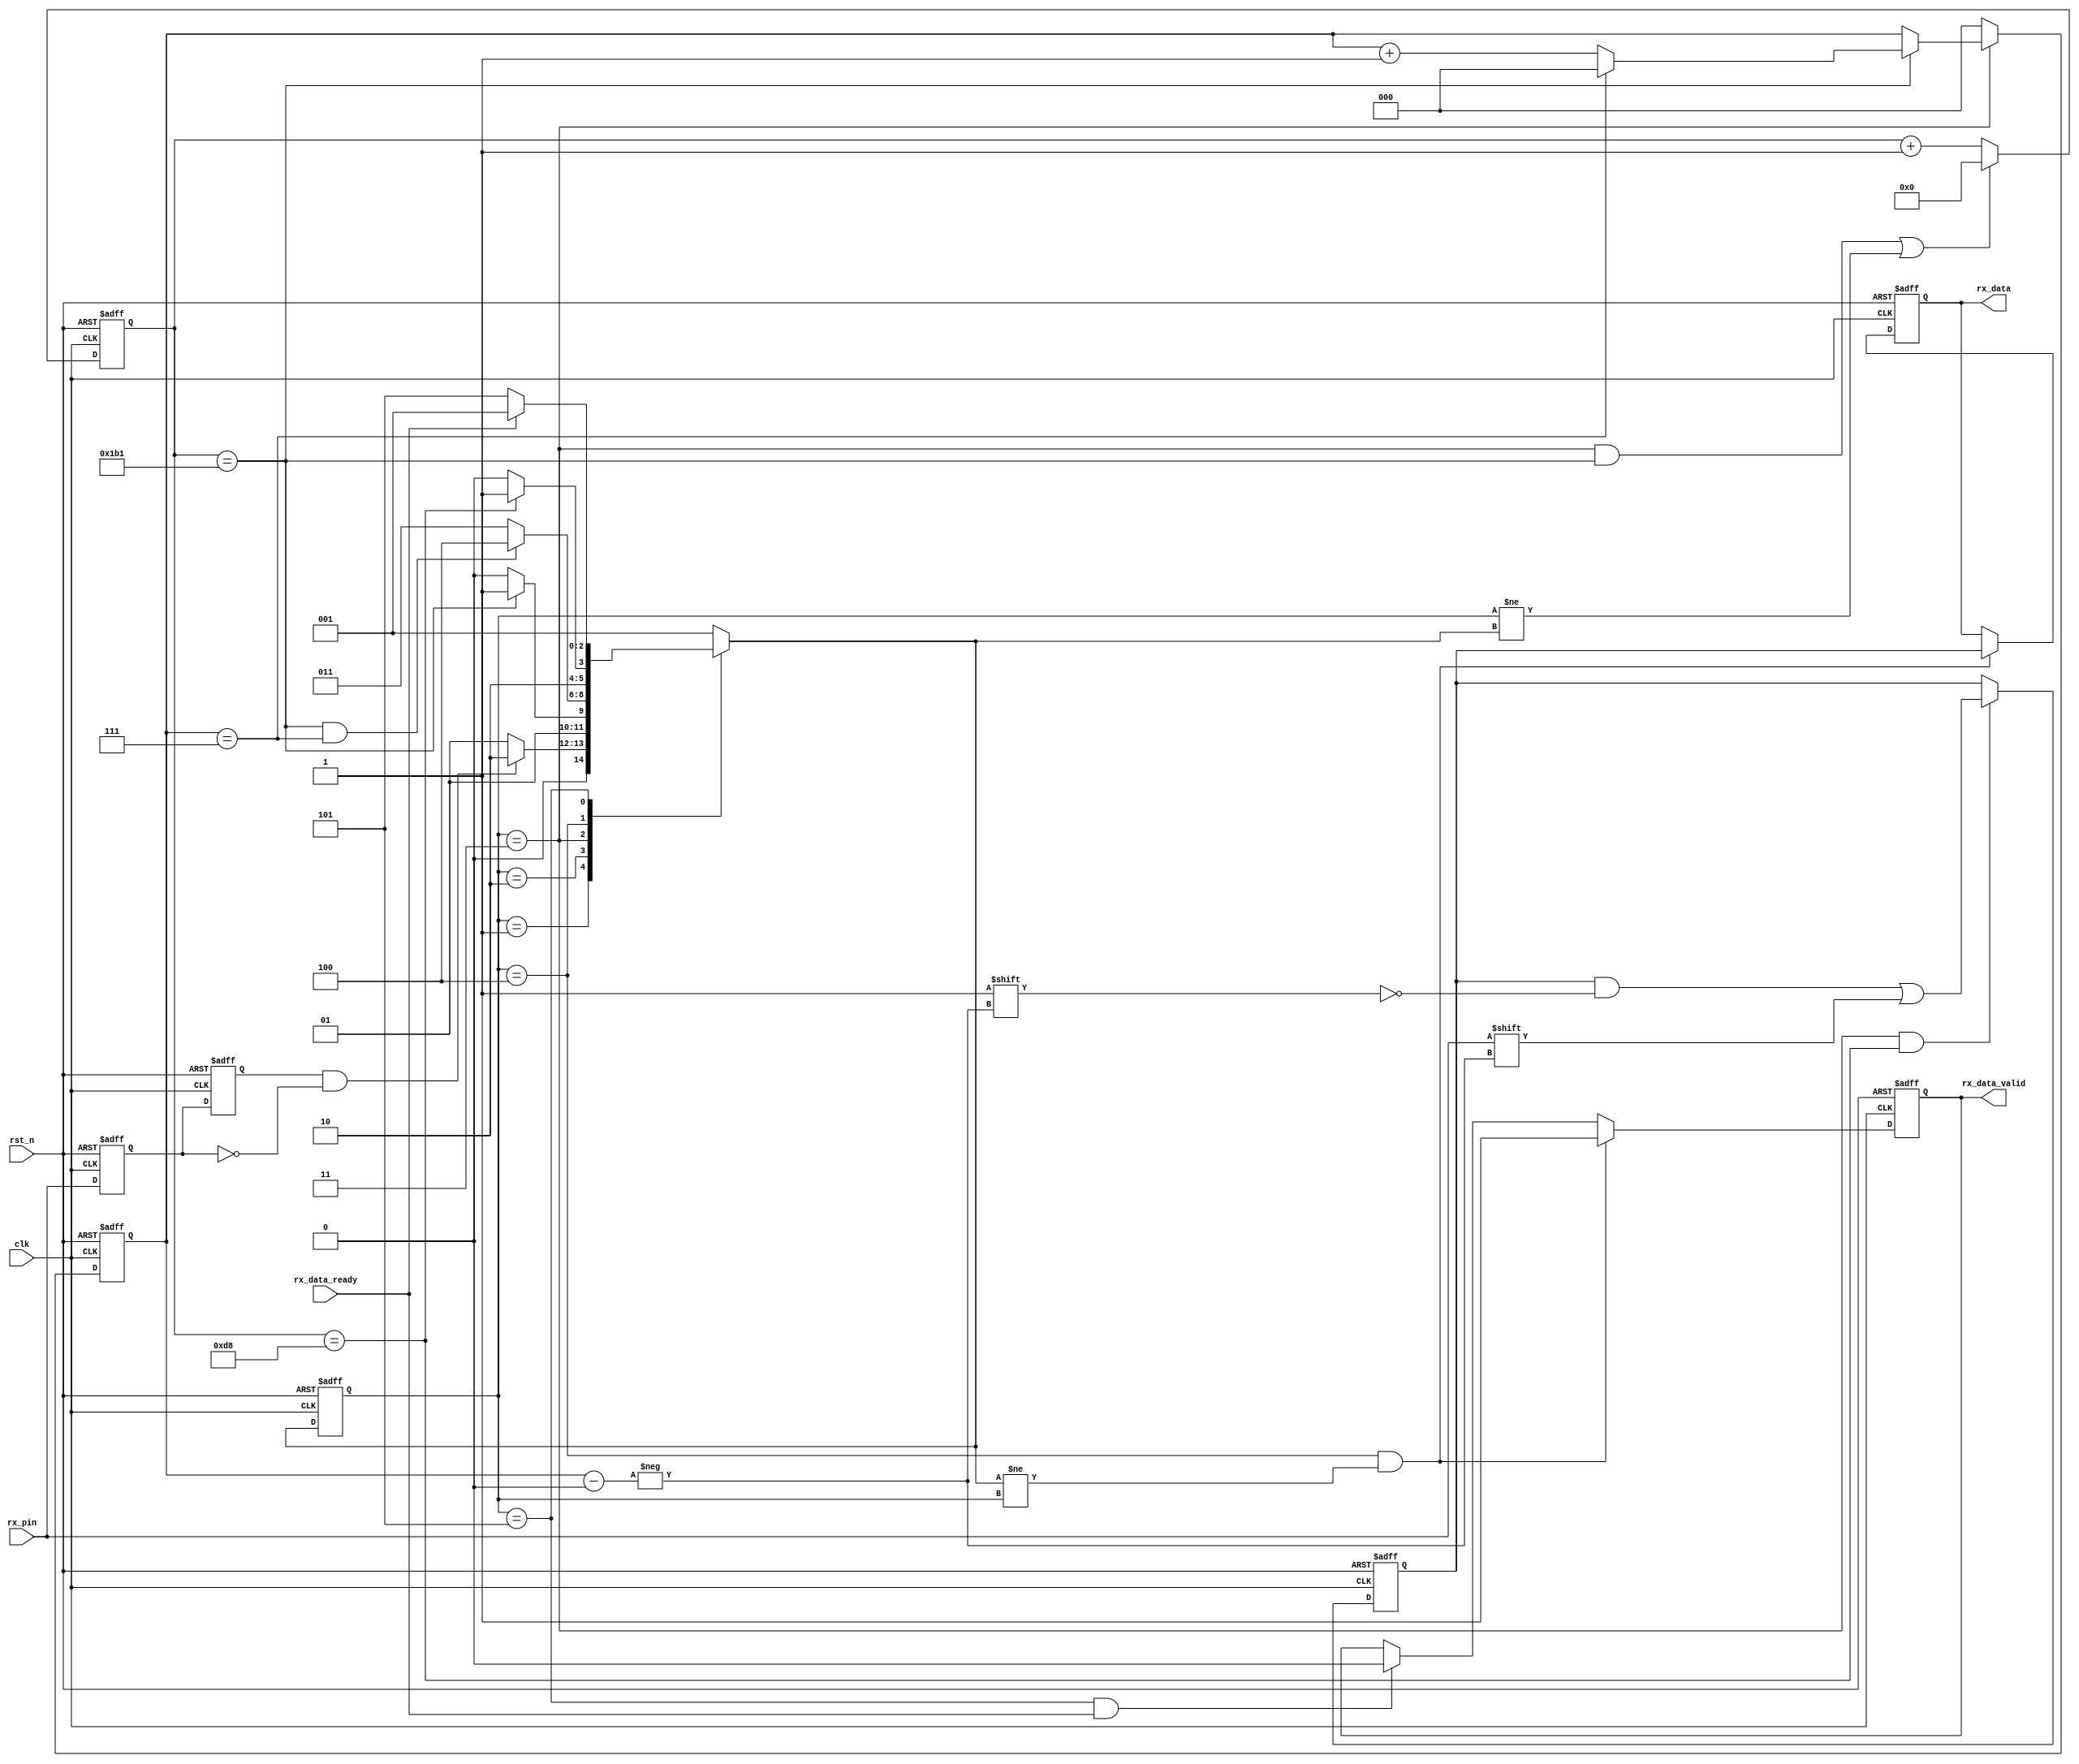
module uart_rx
#(
	parameter CLK_FRE = 50,      //clock frequency(Mhz)
	parameter BAUD_RATE = 115200 //serial baud rate
)
(
	input clk,
	input rst_n,
	output reg rx_data_valid,
	output reg [7:0] rx_data,
	input rx_data_ready,
	input rx_pin
);
reg [31:0] cycle_cnt;
reg [2:0] bit_cnt;
reg [2:0] state;
reg [2:0] next_state;
reg [7:0] rx_bit;
reg rxd0;
reg rxd1;
wire rx_negedge;

localparam CYCLE = CLK_FRE * 1000000 / BAUD_RATE;
localparam S_IDLE=1;
localparam S_START=2;
localparam S_REC_DATA=3;
localparam S_STOP =4;
localparam S_DATA=5;

assign rx_negedge = rxd1 & (~rxd0);

always @(posedge clk or negedge rst_n)
begin
	if (rst_n == 1'b0)
	begin
		rxd1 <= 1'b1;
		rxd0 <= 1'b1;
	end
	else
	begin
		rxd0 <= rx_pin;
		rxd1 <= rxd0;
	end
end

always @(posedge clk or negedge rst_n)
begin
	if (rst_n == 1'b0)
		state<=S_IDLE;
	else
		state<=next_state;
end

always @(*)
begin
	case(state)
	S_IDLE:
		if (rx_negedge == 1'b1)
			next_state<=S_START;
		else next_state<=S_IDLE;
	S_START:
		if (cycle_cnt == CYCLE-1)
			next_state<=S_REC_DATA;
		else next_state<=S_START;
	S_REC_DATA:
		if (cycle_cnt == CYCLE-1 && bit_cnt == 3'd7)
			next_state<=S_STOP;
		else next_state<=S_REC_DATA;
	S_STOP:
		if (cycle_cnt == (CYCLE-1)/2)
			next_state<=S_DATA;
		else next_state<=S_STOP;
	S_DATA:
		if (rx_data_ready == 1'b1)
			next_state<=S_IDLE;
		else next_state<=S_DATA;
	default:next_state<=S_IDLE;
	endcase
end

always @(posedge clk or negedge rst_n)
begin
	if (rst_n == 1'b0)
		rx_data_valid <=1'b0;
	else
		if (state == S_STOP && next_state!=state)
			rx_data_valid <= 1'b1;
		else
			if (state == S_DATA && rx_data_ready == 1'b1)
				rx_data_valid <=1'b0;
end

always @(posedge clk or negedge rst_n)
begin
	if (rst_n == 1'b0)
		rx_data <=8'd0;
	else
		if (state == S_STOP && next_state!=state)
			rx_data <= rx_bit;
end

always @(posedge clk or negedge rst_n)
begin
	if (rst_n == 1'b0)
		bit_cnt <= 3'd0;
	else
		if (state == S_REC_DATA)
			if (cycle_cnt == CYCLE-1)
				if (bit_cnt == 3'd7)
					bit_cnt <= 3'd0;
				else bit_cnt<=bit_cnt+1'd1;
			else
				bit_cnt <= bit_cnt;
		else
			bit_cnt <=0;
end

always @(posedge clk or negedge rst_n)
begin
	if (rst_n == 1'b0)
		cycle_cnt <= 31'd0;
	else
		if ((state == S_REC_DATA && cycle_cnt == CYCLE-1)|| state != next_state)
			cycle_cnt <= 31'd0;
		else 
			cycle_cnt <= cycle_cnt + 31'd1;
end

always @(posedge clk or negedge rst_n)
begin
	if (rst_n == 1'b0)
		rx_bit <= 8'd0;
	else
		if (state == S_REC_DATA && cycle_cnt == (CYCLE-1)/2)
			rx_bit[bit_cnt] <= rx_pin;
		else rx_bit<=rx_bit;
end

endmodule